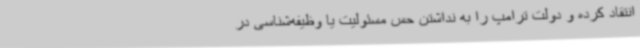
انتقاد کرده و دولت ترامپ را به نداشتن حس مسئولیت یا وظیفه‌شناسی در